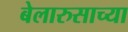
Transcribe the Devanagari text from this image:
बेलारुसाच्या